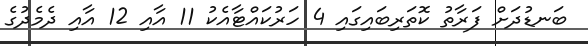
ބަނޑުދަށް ފަރާތު ކޮތަރިބައިގައި 4 ހަރުކައްޓާއެކު 11 އާއި 12 އާއި ދެމެދުގެ